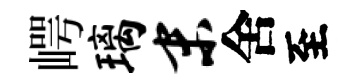
崿璃末舍至